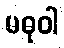
မဓုဝါ